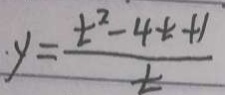
\cdot y = \frac { t ^ { 2 } - 4 t + 1 } { t }